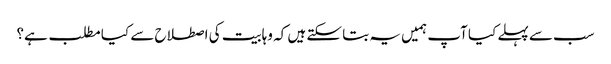
سب سے پہلے کیا آپ ہمیں یہ بتا سکتے ہیں کہ وہابیت کی اصطلاح سے کیا مطلب ہے؟